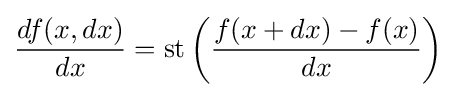
{\frac {df(x,dx)}{dx}}=\operatorname {st} \left({\frac {f(x+dx)-f(x)}{dx}}\right)